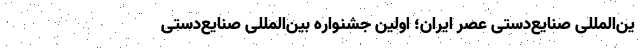
ین‌المللی صنایع‌دستی عصر ایران؛ اولین جشنواره بین‌المللی صنایع‌دستی